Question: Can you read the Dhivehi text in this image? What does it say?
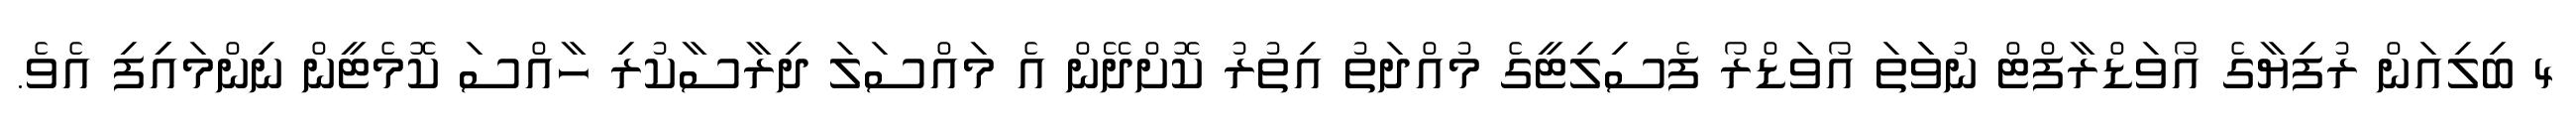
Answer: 4 ބިލިއަން ރުފިޔާގެ އޯވަޑްރާފްޓް ނުވަަތަ އޯވަޑްރޯ ފެސިލިޓީގެ މުއްދަތު އިތުރު ކޮށްދޭން އެ މައްސަލަ ދިރާސާކުރި ހާއްސަ ކޮމެޓީން ނިންމައިިފި އެވެ.